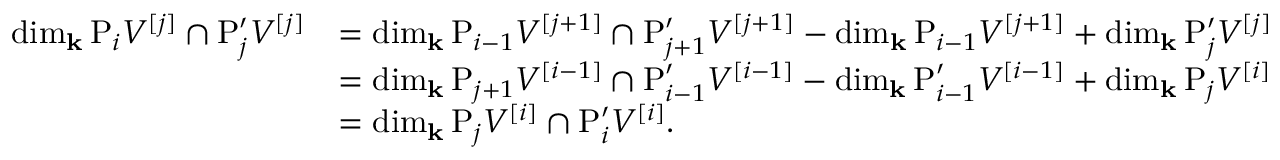
\begin{array} { r l } { \dim _ { \mathbf { k } } \mathrm { P } _ { i } V ^ { [ j ] } \cap \mathrm { P } _ { j } ^ { \prime } V ^ { [ j ] } } & { = \dim _ { \mathbf { k } } \mathrm { P } _ { i - 1 } V ^ { [ j + 1 ] } \cap \mathrm { P } _ { j + 1 } ^ { \prime } V ^ { [ j + 1 ] } - \dim _ { \mathbf { k } } \mathrm { P } _ { i - 1 } V ^ { [ j + 1 ] } + \dim _ { \mathbf { k } } \mathrm { P } _ { j } ^ { \prime } V ^ { [ j ] } } \\ & { = \dim _ { \mathbf { k } } \mathrm { P } _ { j + 1 } V ^ { [ i - 1 ] } \cap \mathrm { P } _ { i - 1 } ^ { \prime } V ^ { [ i - 1 ] } - \dim _ { \mathbf { k } } \mathrm { P } _ { i - 1 } ^ { \prime } V ^ { [ i - 1 ] } + \dim _ { \mathbf { k } } \mathrm { P } _ { j } V ^ { [ i ] } } \\ & { = \dim _ { \mathbf { k } } \mathrm { P } _ { j } V ^ { [ i ] } \cap \mathrm { P } _ { i } ^ { \prime } V ^ { [ i ] } . } \end{array}